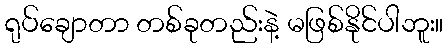
ရုပ်ချောတာ တစ်ခုတည်းနဲ့ မဖြစ်နိုင်ပါဘူး။